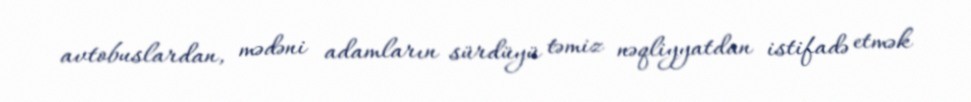
avtobuslardan, mədəni adamların sürdüyü təmiz nəqliyyatdan istifadə etmək